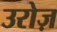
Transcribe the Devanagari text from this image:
उरोज़